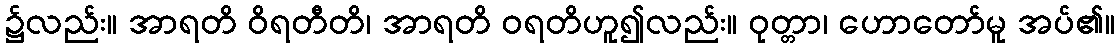
၌လည်း။ အာရတိ ဝိရတီတိ၊ အာရတိ ဝရတိဟူ၍လည်း။ ဝုတ္တာ၊ ဟောတော်မူ အပ်၏။